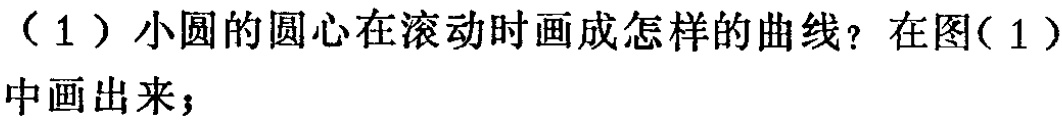
（1）小圆的圆心在滚动时画成怎样的曲线？在图(1)中画出来；